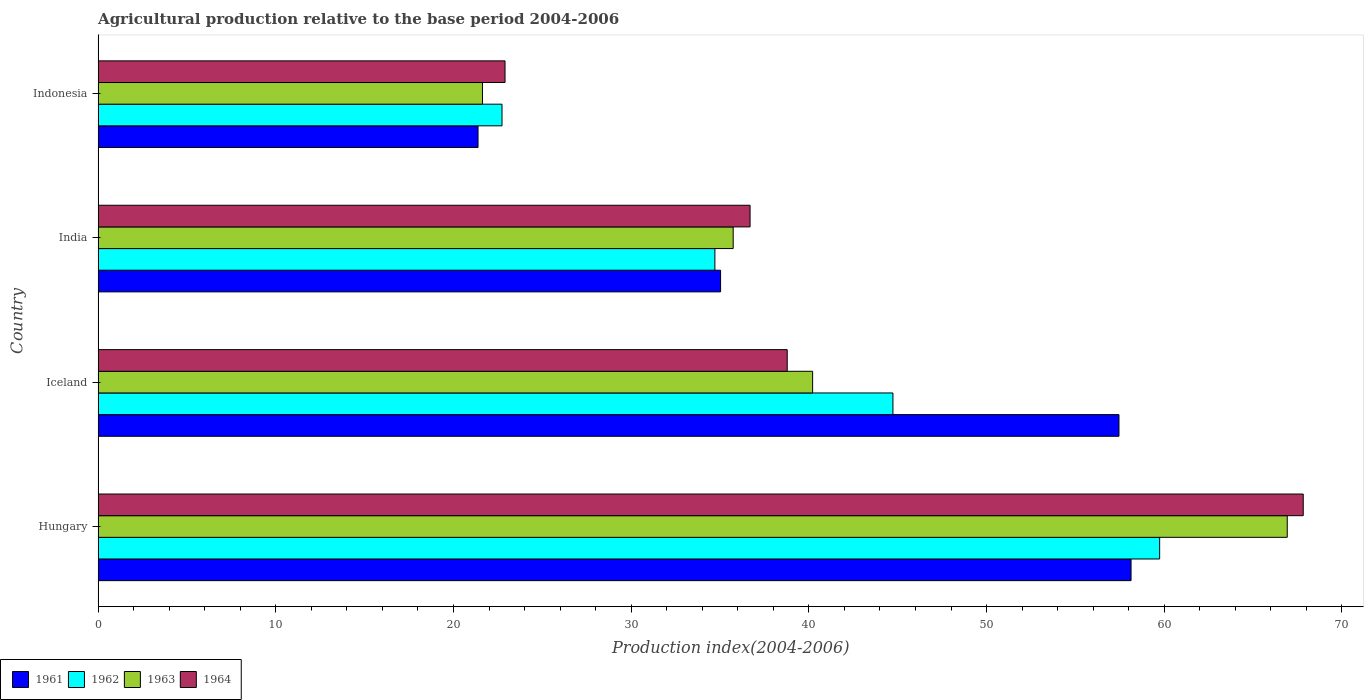
| Country | 1961 | 1962 | 1963 | 1964 |
 | --- | --- | --- | --- | --- |
 | Hungary | 58.1 | 59.7 | 66.9 | 67.8 |
 | Iceland | 57.5 | 44.7 | 40.2 | 38.8 |
 | India | 35 | 34.7 | 35.7 | 36.7 |
 | Indonesia | 21.4 | 22.7 | 21.6 | 22.9 |